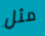
مثل